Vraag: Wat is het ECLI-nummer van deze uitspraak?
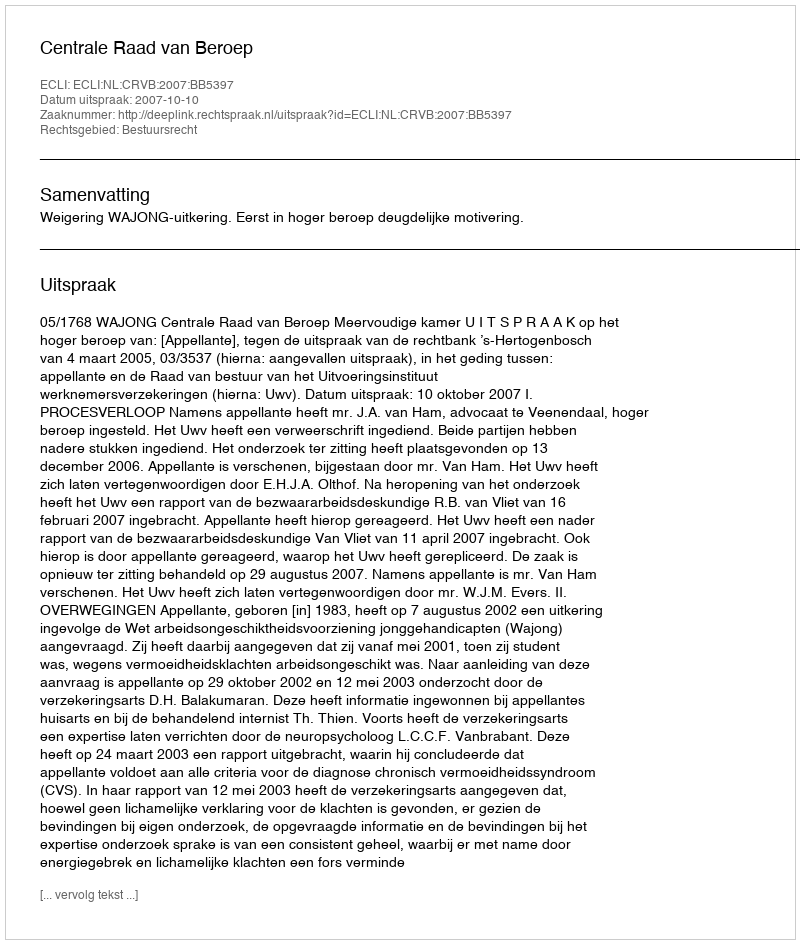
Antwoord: ECLI:NL:CRVB:2007:BB5397